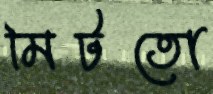
মিটতো